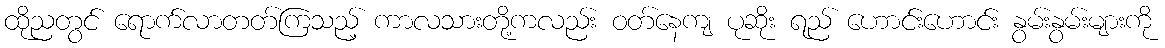
ထိုညတွင် ရောက်လာတတ်ကြသည့် ကာလသားတို့ကလည်း ဝတ်နေကျ ပုဆိုး ရည် ဟောင်းဟောင်း နွမ်းနွမ်းများကို